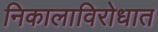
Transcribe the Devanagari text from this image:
निकालाविरोधात